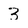
Character: 3